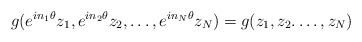
\begin{align*}g(e^{in_1\theta} z_1, e^{in_2\theta} z_2, \dots , e^{in_N\theta} z_N) = g( z_1, z_2.\dots,z_N) \end{align*}